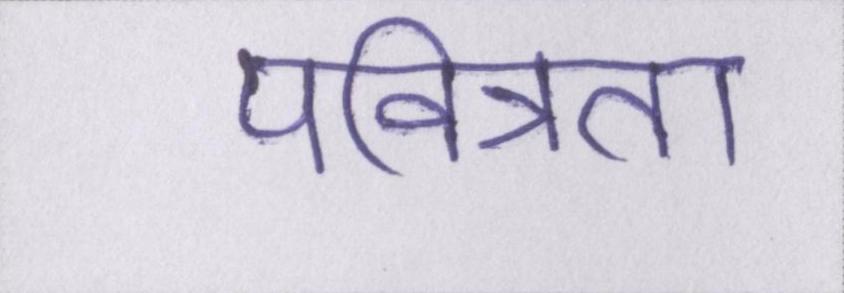
पवित्रता